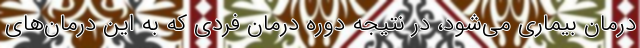
درمان بیماری می‌شود، در نتیجه دوره درمان فردی که به این درمان‌های